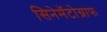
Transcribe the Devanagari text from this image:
सिनेमॅटोग्राफ